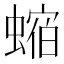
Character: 𧎧